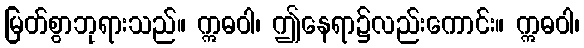
မြတ်စွာဘုရားသည်။ ဣဓဝါ၊ ဤနေရာ၌လည်းကောင်း။ ဣဓဝါ၊